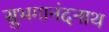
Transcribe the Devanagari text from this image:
सुभगानंदनाथ